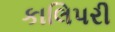
કાલિપરી